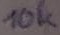
Text: 10k